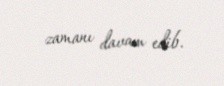
zamanı davam edib.